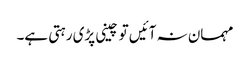
مہمان نہ آئیں تو چینی پڑی رہتی ہے۔